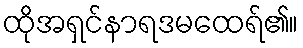
ထိုအရှင်နာရဒမထေရ်၏။